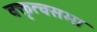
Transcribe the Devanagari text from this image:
वक्तृत्वसभा